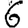
Digit: 6